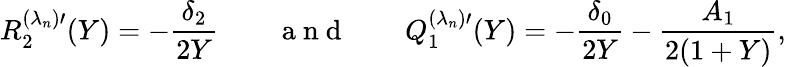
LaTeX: R_{2}^{(\lambda_{n})\prime}(Y)=-\frac{\delta_{2}}{2Y}\qquad\mathrm{~a~n~d~}\qquad Q_{1}^{(\lambda_{n})\prime}(Y)=-\frac{\delta_{0}}{2Y}-\frac{A_{1}}{2(1+Y)},